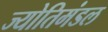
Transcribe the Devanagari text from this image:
ज्योतिमंडल